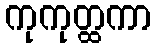
ကုကုတ္ထကာ